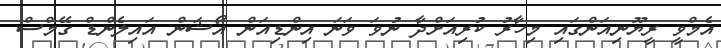
އެމްވީ ރީޔޫނިއަންގައި މިހާރު ކުރިއަށްދާ ނުވަ ވަނަ އިންޑިއަން އޯޝަން އައިލެންޑް ގޭމްސް